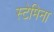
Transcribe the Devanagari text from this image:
स्टेमिना